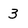
Character: 3